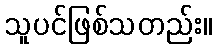
သူပင်ဖြစ်သတည်း။